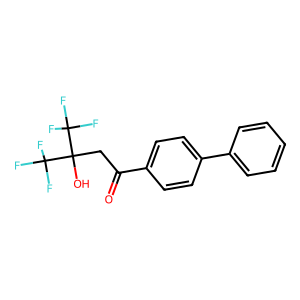
SMILES: O=C(CC(O)(C(F)(F)F)C(F)(F)F)c1ccc(-c2ccccc2)cc1
Inhibits HIV replication: No